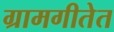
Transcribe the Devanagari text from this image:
ग्रामगीतेत